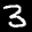
Label: 3